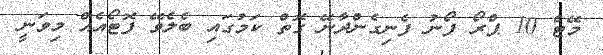
މޭޓް 10 ޕްރޯ ފޯނު ފެނިގެންދާނޭ ގޮތް ކަމުގައި ބެލެވޭ ފޮޓޯއެއް މިވަނީ